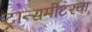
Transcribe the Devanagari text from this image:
ट्रान्समीटरचा